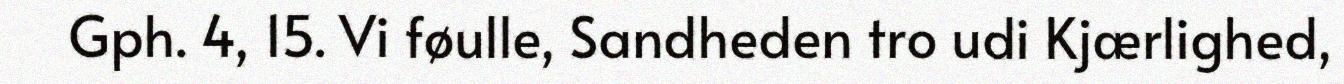
Gph. 4, 15. Vi føulle, Sandheden tro udi Kjærlighed,